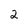
Character: 2